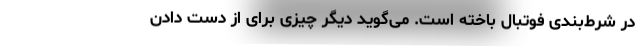
در شرط‌بندی فوتبال باخته است. می‌گوید دیگر چیزی برای از دست دادن